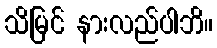
သိမြင် နားလည်ပါဘိ။